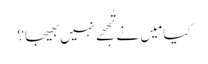
کیا مَیں نے تُجھے نہیں بھیجا؟